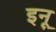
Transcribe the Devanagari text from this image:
इनू